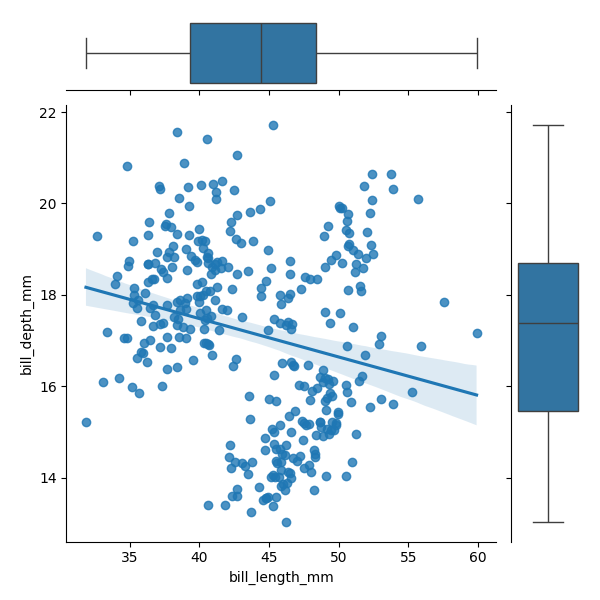
python, seaborn, JointGrid, regplot, boxplot